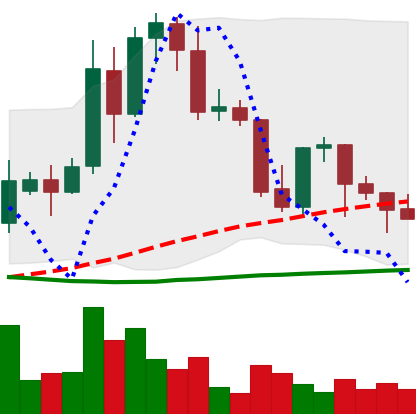
Ticker: TRX-USD
Chart end date: 2021-09-27
Forward return: 8.766%
Label: up_7plus